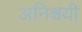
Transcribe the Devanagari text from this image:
अनिश्चयी